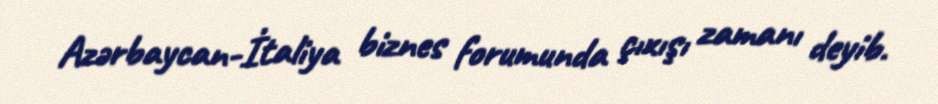
Azərbaycan-İtaliya biznes forumunda çıxışı zamanı deyib.